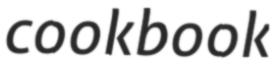
cookbook